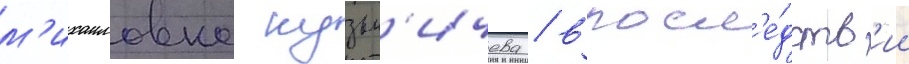
м'ихаиловна кузьм'ичева / впосл'е́дств'ии